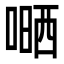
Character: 嗮